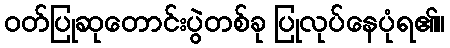
ဝတ်ပြုဆုတောင်းပွဲတစ်ခု ပြုလုပ်နေပုံရ၏။